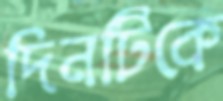
দিনটিকে